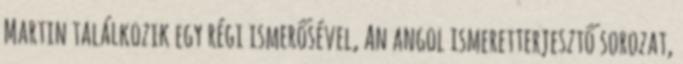
Martin találkozik egy régi ismerősével, An angol ismeretterjesztő sorozat,